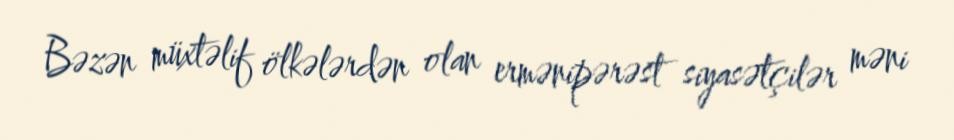
Bəzən müxtəlif ölkələrdən olan ermənipərəst siyasətçilər məni